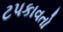
ટપકાવતો